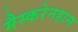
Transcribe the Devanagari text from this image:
मैस्करेनहास